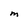
Character: M